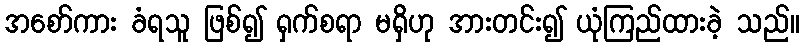
အစော်ကား ခံရသူ ဖြစ်၍ ရှက်စရာ မရှိဟု အားတင်း၍ ယုံကြည်ထားခဲ့ သည်။